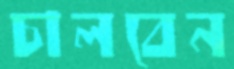
চালবেন